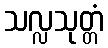
သလ္လသုတ္တံ